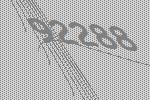
92288